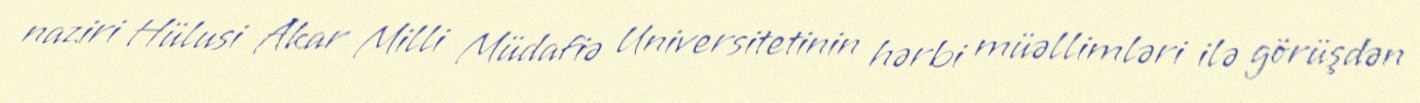
naziri Hülusi Akar Milli Müdafiə Universitetinin hərbi müəllimləri ilə görüşdən